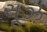
ચૂઝ